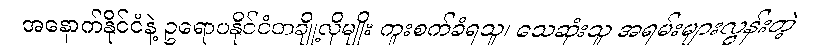
အနောက်နိုင်ငံနဲ့ ဥရောပနိုင်ငံတချို့လိုမျိုး ကူးစက်ခံရသူ၊ သေဆုံးသူ အရမ်းများလွန်းတဲ့